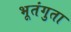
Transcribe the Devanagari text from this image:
भूतंगुता